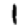
Digit: 1